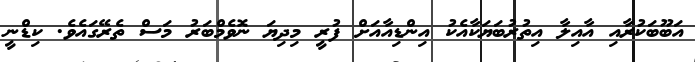
އަބޫބަކުރާއި އާއިލާ އިތުރުބަޔަކާއެކު އިންޑިއާއަށް ފުރީ މިދިޔަ ނޮވެމްބަރު މަސް ތެރޭގައެވެ. ކިޑްނީ